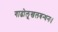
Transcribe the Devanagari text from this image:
गाढोलूखलबन्धनः।